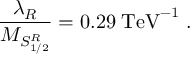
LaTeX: \frac { \lambda _ { R } } { M _ { { \cal S } _ { 1 / 2 } ^ { R } } } = 0 . 2 9 \; \mathrm { T e V } ^ { - 1 } \; .